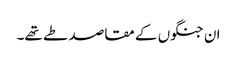
ان جنگوں کے مقاصد طے تھے۔